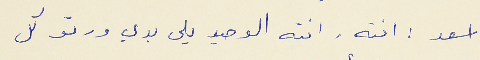
اسعد : انته. انته الوحيد يلى بدي ورتو كل